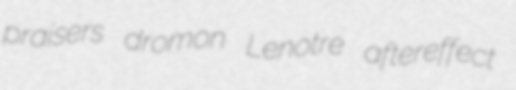
praisers dromon Lenotre aftereffect